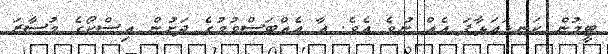
ޓީމުން ކަނޑައަޅާފަ އެއް ނުވެ އެވެ. އާ އެއްބަސްވުމުގެ ދަށުން އިސްކޯގެ މުސާރަ